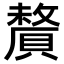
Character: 𬥦